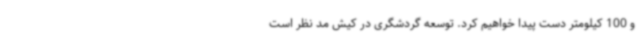
و 100 کیلومتر دست پیدا خواهیم‌ کرد. توسعه گردشگری در کیش مد نظر است